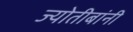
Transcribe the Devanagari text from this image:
ज्योतीबांनी